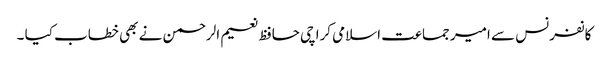
کانفرنس سے امیر جماعت اسلامی کراچی حافظ نعیم الرحمن نے بھی خطاب کیا ۔